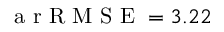
\mathrm { ~ a ~ r ~ R ~ M ~ S ~ E ~ } = 3 . 2 2 \